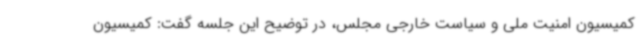
کمیسیون امنیت ملی و سیاست خارجی مجلس، در توضیح این جلسه گفت: کمیسیون